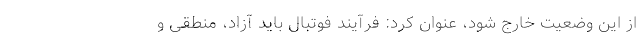
از این وضعیت خارج شود، عنوان کرد: فرآیند فوتبال باید آزاد، منطقی و